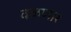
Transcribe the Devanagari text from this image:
वळणार